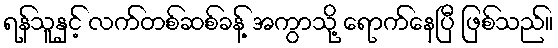
ရန်သူနှင့် လက်တစ်ဆစ်ခန့် အကွာသို့ ရောက်နေပြီ ဖြစ်သည်။